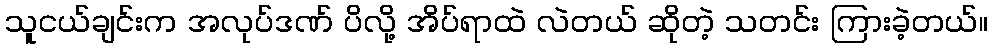
သူငယ်ချင်းက အလုပ်ဒဏ် ပိလို့ အိပ်ရာထဲ လဲတယ် ဆိုတဲ့ သတင်း ကြားခဲ့တယ်။